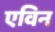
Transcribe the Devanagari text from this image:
एविन